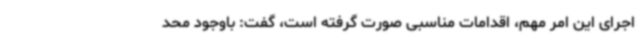
اجرای این امر مهم، اقدامات مناسبی صورت گرفته است، گفت: باوجود محد